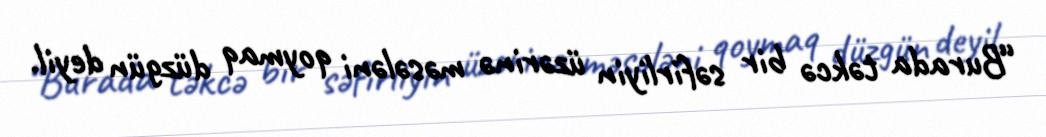
“Burada təkcə bir səfirliyin üzərinə məsələni qoymaq düzgün deyil.